State Department UAP Cable 2, Kazakhstan, January 31, 1994
Agency: Department of State
Incident date: 1/27/94
Incident location: Kazakhstan
Page 1
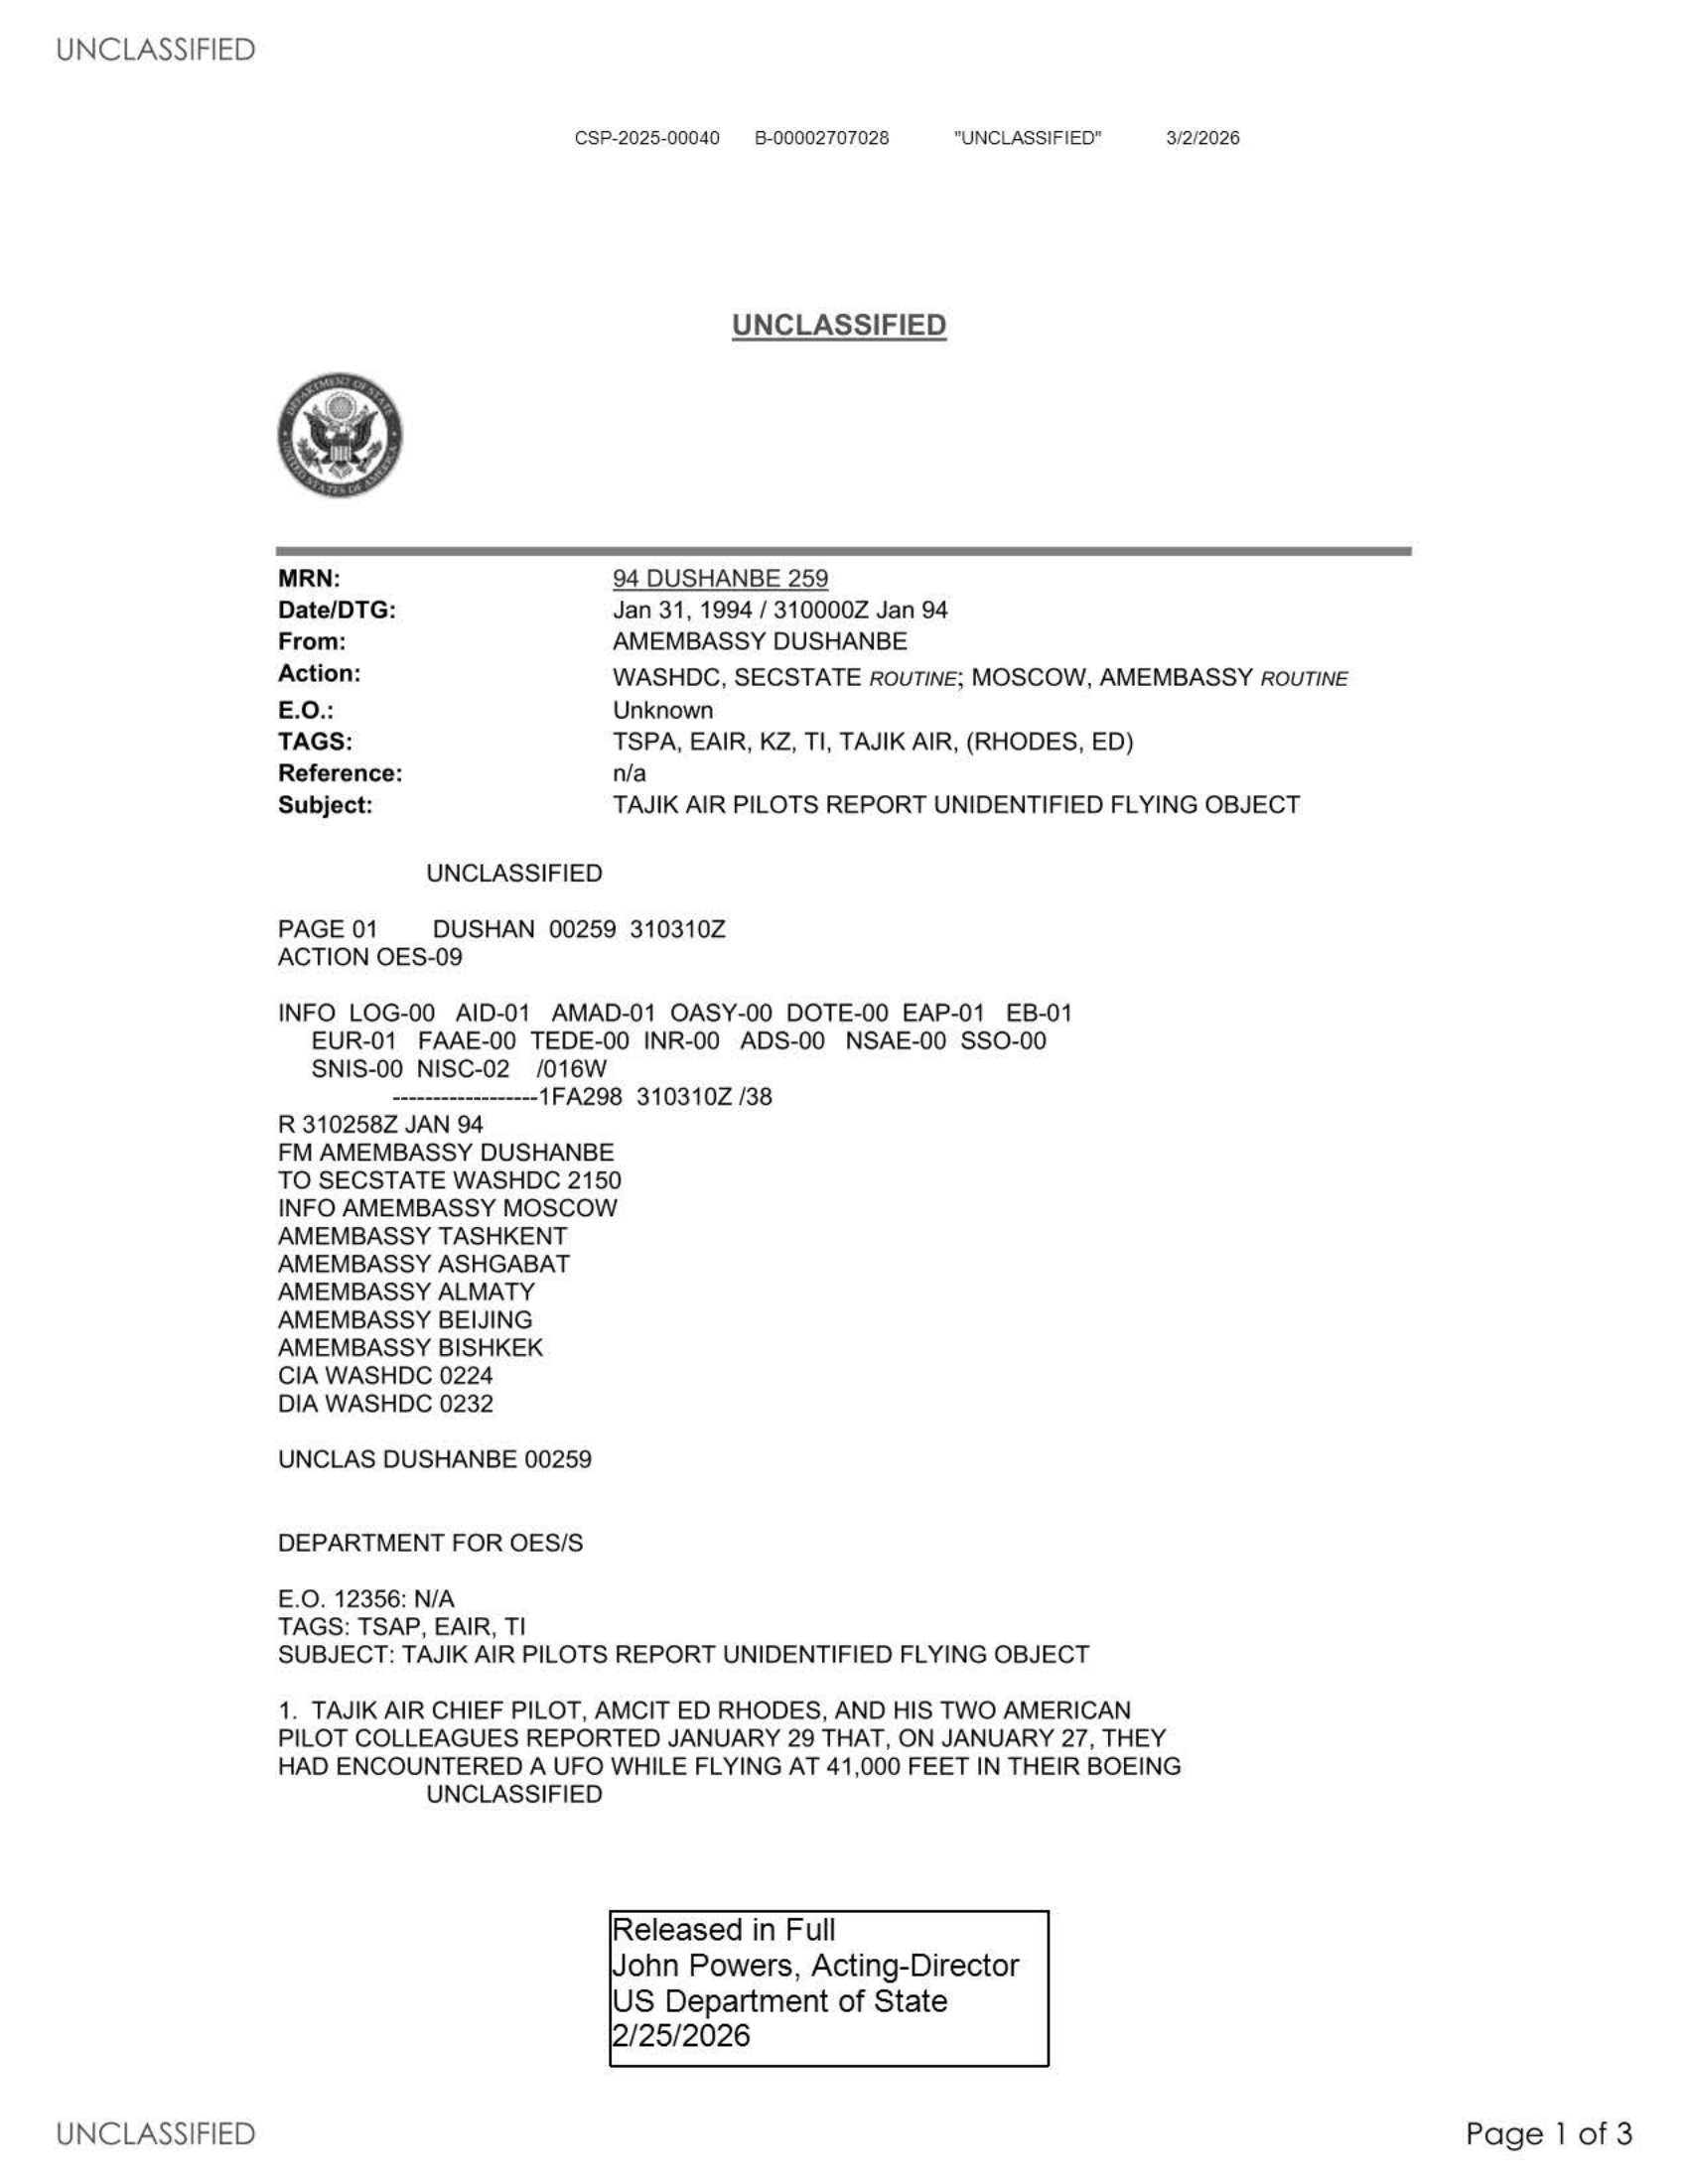